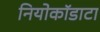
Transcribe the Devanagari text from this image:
नियोकॉडाटा